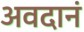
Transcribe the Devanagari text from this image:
अवदानं